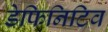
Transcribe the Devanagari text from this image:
डेफिनिटिव